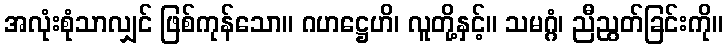
အလုံးစုံသာလျှင် ဖြစ်ကုန်သော။ ဂဟဋ္ဌေဟိ၊ လူတို့နှင့်။ သမဂ္ဂံ၊ ညီညွတ်ခြင်းကို။